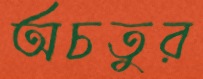
অচতুর